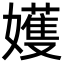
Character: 嬳